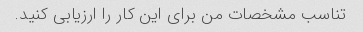
تناسب مشخصات من برای این کار را ارزیابی کنید.